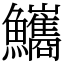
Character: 𩽨